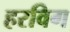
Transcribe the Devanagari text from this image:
हरविग